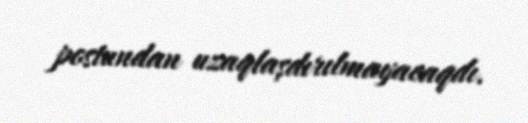
postundan uzaqlaşdırılmayacaqdı.